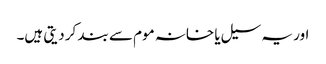
اور یہ سیل یا خانہ موم سے بند کر دیتی ہیں۔